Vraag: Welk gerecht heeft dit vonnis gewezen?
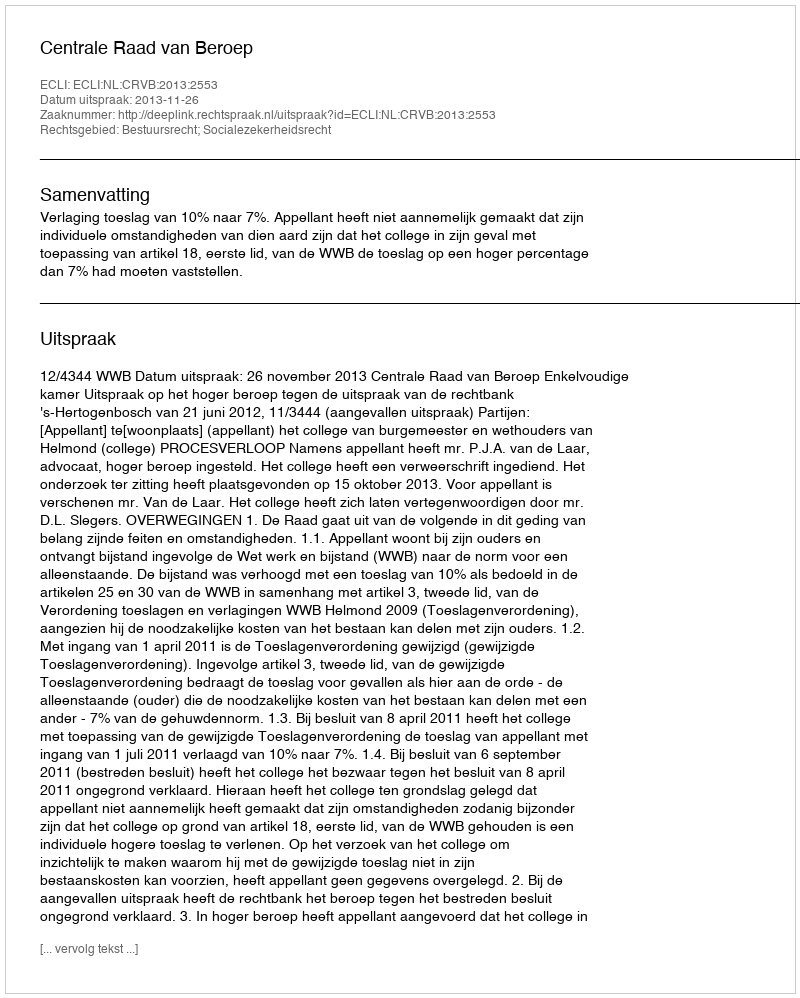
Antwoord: Centrale Raad van Beroep